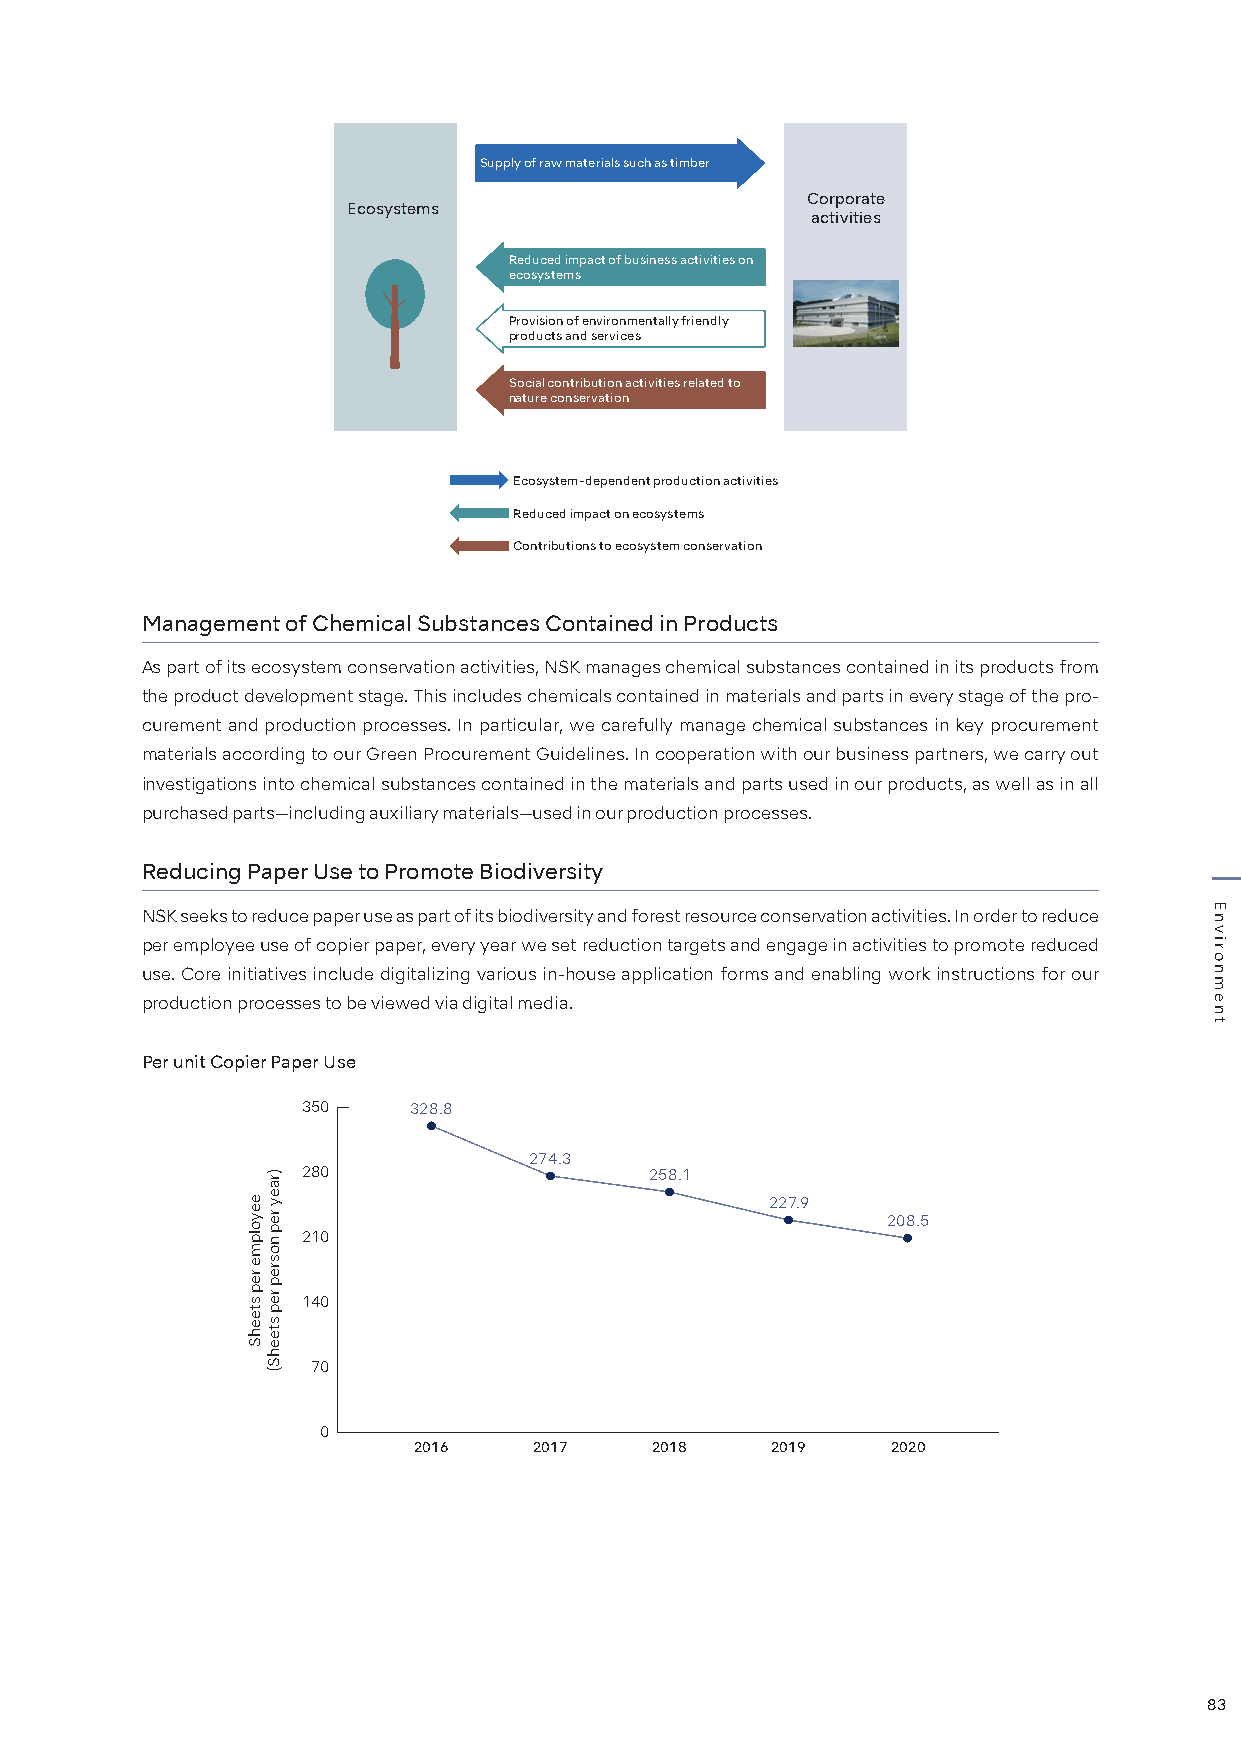
Supply of raw materials such as timber
 Corporate
 Ecosystems
 activities
 Reduced impact of business activities on
 ecosystems
 Provision of environmentally friendly
 products and services
 Social contribution activities related to
 nature conservation
 Ecosystem-dependent production activities
 Reduced impact on ecosystems
 Contributions to ecosystem conservation
 Management of Chemical Substances Contained in Products
 As part of its ecosystem conservation activities, NSK manages chemical substances contained in its products from
 the product development stage. This includes chemicals contained in materials and parts in every stage of the pro-
 curement and production processes. In particular, we carefully manage chemical substances in key procurement
 materials according to our Green Procurement Guidelines. In cooperation with our business partners, we carry out
 investigations into chemical substances contained in the materials and parts used in our products, as well as in all
 purchased parts—including auxiliary materials—used in our production processes.
 Reducing Paper Use to Promote Biodiversity
 NSK seeks to reduce paper use as part of its biodiversity and forest resource conservation activities. In order to reduce
 per employee use of copier paper, every year we set reduction targets and engage in activities to promote reduced
 use. Core initiatives include digitalizing various in-house application forms and enabling work instructions for our
 production processes to be viewed via digital media.
 Per unit Copier Paper Use
 350    328.8
 274.3
 280                    258.1
 227.9
 208.5
 210
 140
 70
 0
 2016    2017    2018    2019    2020
 83
 eeyolpme
 rep
 steehS
 )raey
 rep
 nosrep
 rep
 steehS(
 Environment